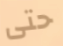
حتى